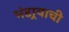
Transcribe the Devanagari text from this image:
भंडार्‍याची